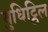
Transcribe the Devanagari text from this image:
युधिट्ठिल